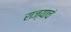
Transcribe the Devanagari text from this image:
राज्याचं